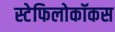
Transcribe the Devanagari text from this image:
स्टेफिलोकॉकस